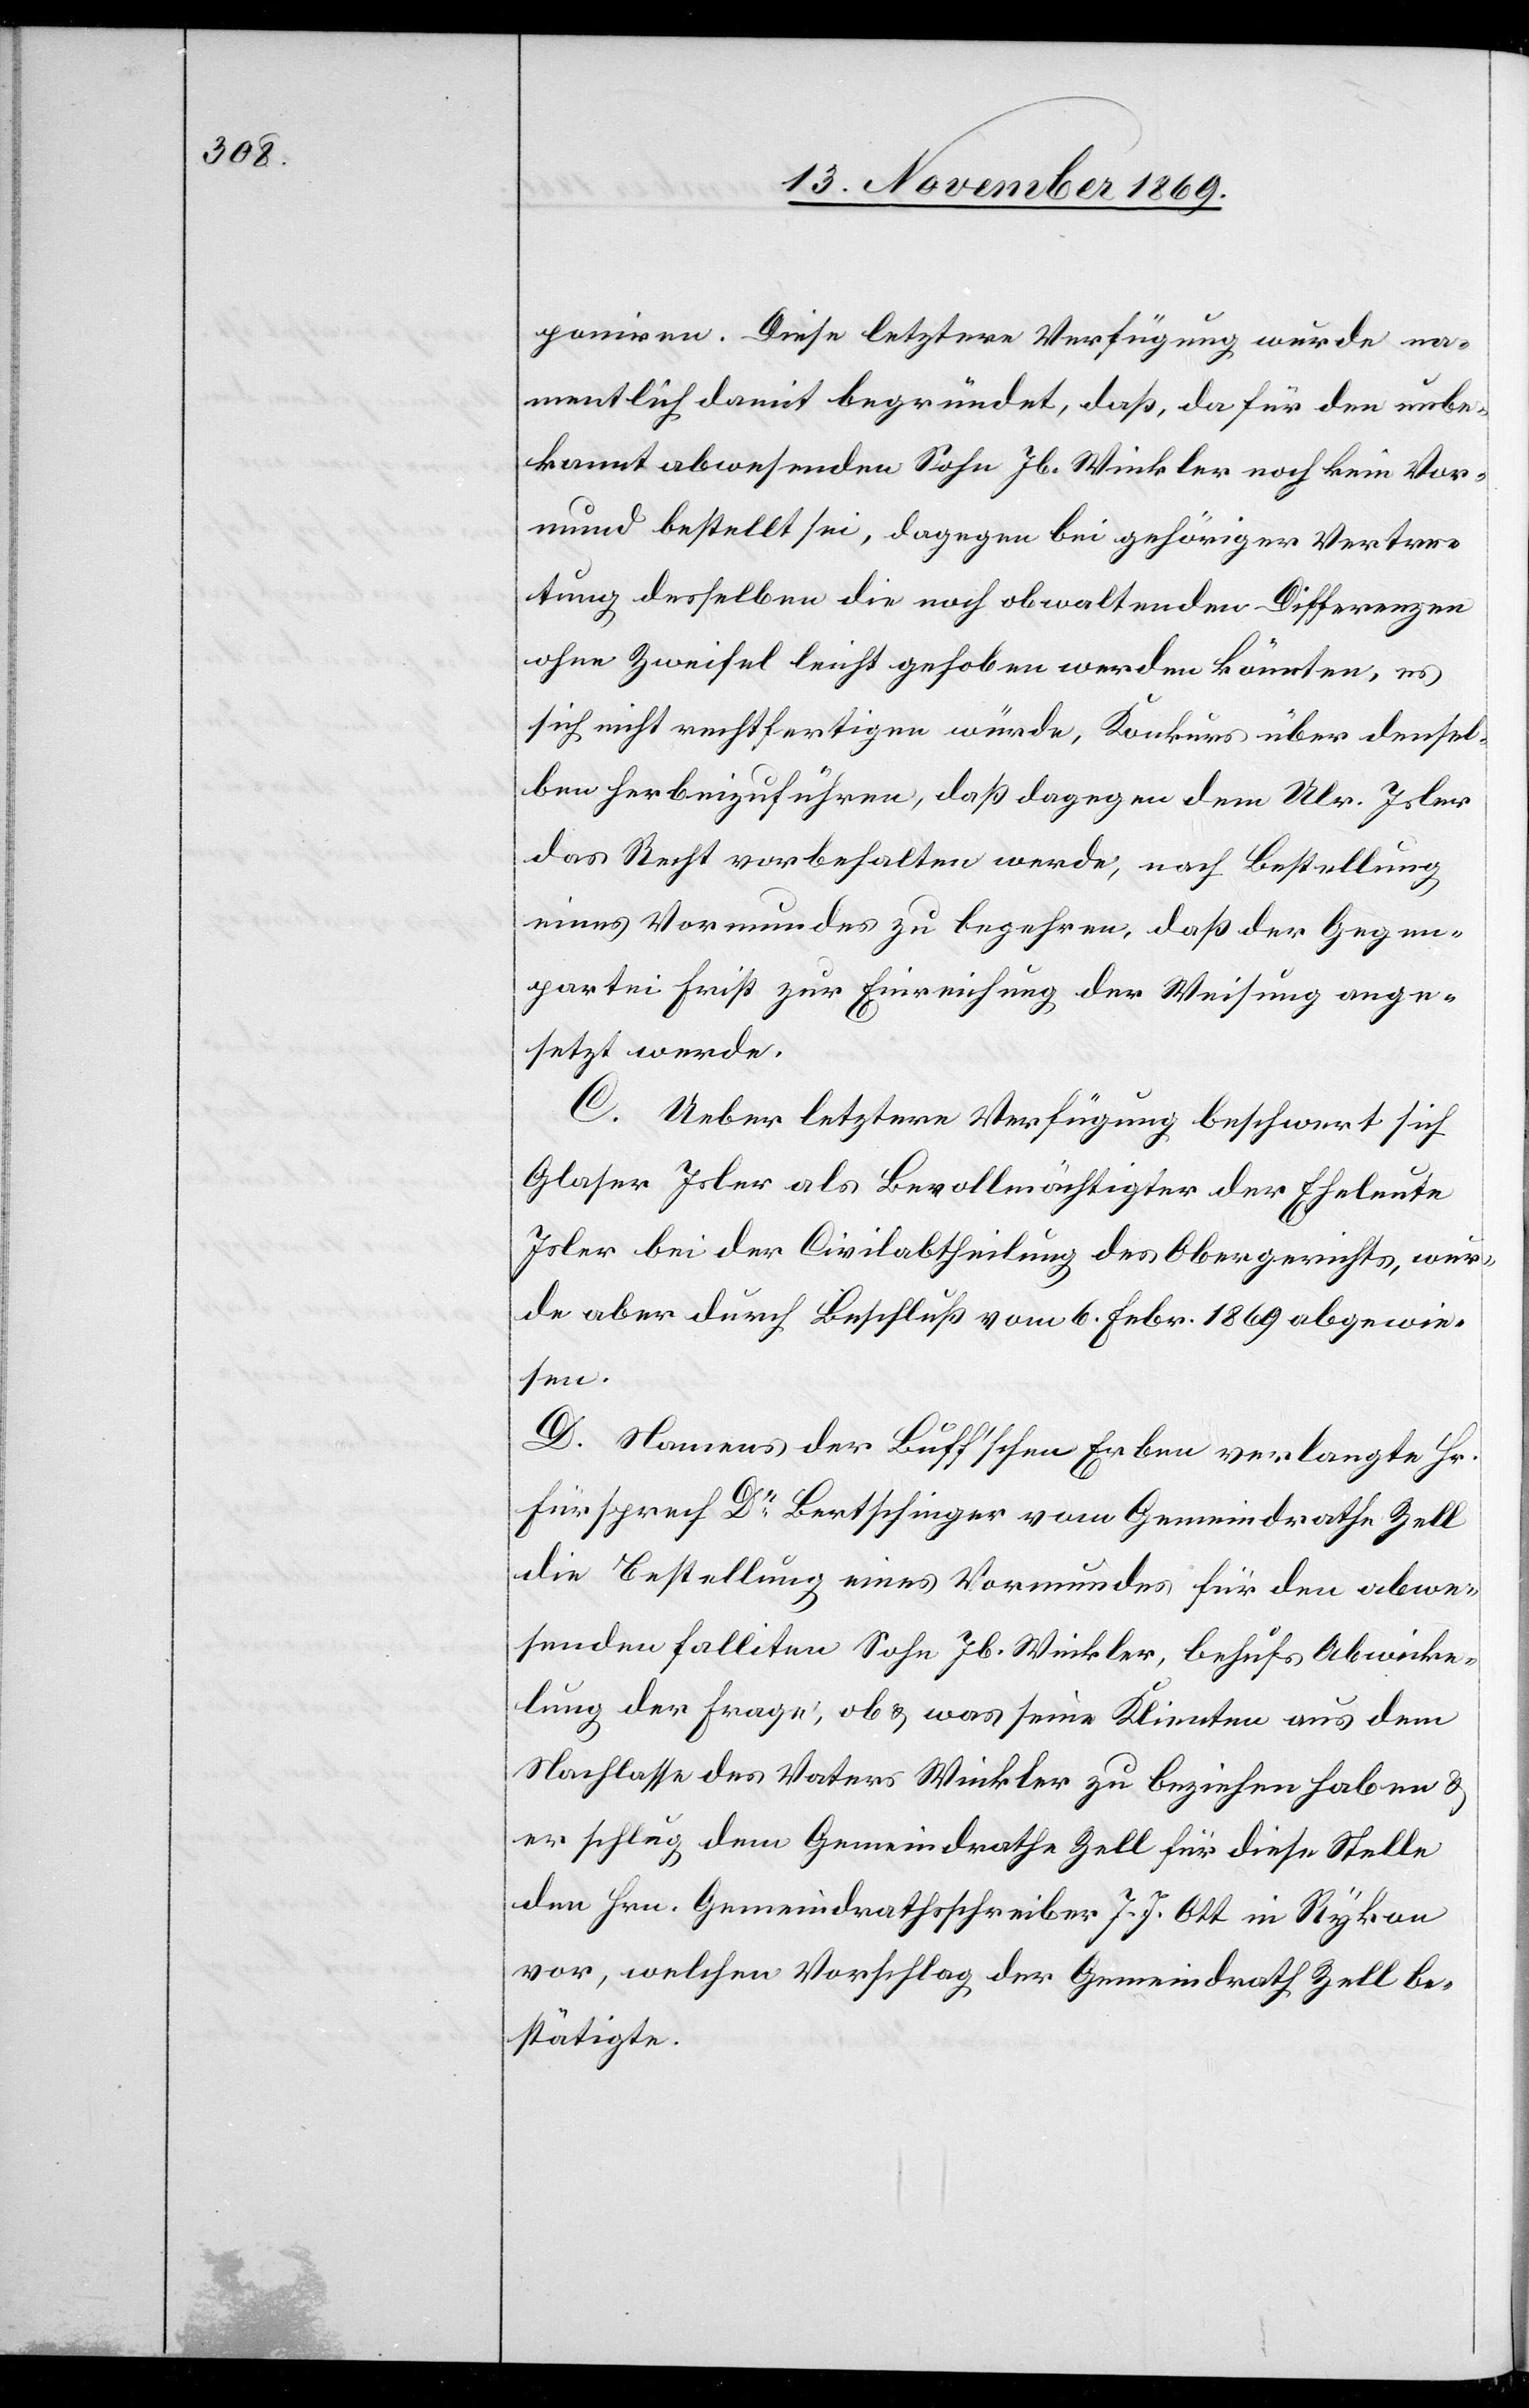
poniren. Diese letztere Verfügung wurde na¬
mentlich damit begründet, daß, da für den unbe¬
kannt abwesenden Sohn Jb. Winkler noch kein Vor¬
mund bestellt sei, dagegen bei gehöriger Vertre¬
tung desselben die noch obwaltenden Differenzen
ohne Zweifel leicht gehoben werden könnten, es
sich nicht rechtfertigen würde, Konkurs über densel¬
ben herbeizuführen, daß dagegen dem Ulr. Isler
das Recht vorbehalten werde, nach Bestellung
eines Vormundes zu begehren, daß der Gegen¬
partei Frist zur Einreichung der Weisung ange¬
setzt werde.
C. Ueber letztere Verfügung beschwert sich
Glaser Isler als Bevollmächtigter der Eheleute
Isler bei der Civilabtheilung des Obergerichts, wur¬
de aber durch Beschluß vom 6. Febr. 1869 abgewie¬
sen.
D. Namens der Buff’schen Erben verlangte Hr.
Fürsprech Dr Bertschinger vom Gemeindrathe Zell
die Bestellung eines Vormundes für den abwe¬
senden falliten Sohn Jb. Winkler, behufs Abwicke¬
lung der Frage, ob & was seine Klienten aus dem
Nachlasse des Vaters Winkler zu beziehen haben &
er schlug dem Gemeindrathe Zell für diese Stelle
den Hrn. Gemeindrathsschreiber J. J. Ott in Rykon
vor, welchen Vorschlag der Gemeindrath Zell be¬
stätigte.